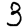
Digit: 3